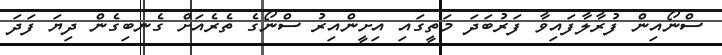
ސްނޯއިން ފުރާލާފައިވާ ފަރުބަދަ މަތީގައި އިށީންއިރު ސްނޯގެ ތެރެއަށް ގެނބިގެން ދިޔަ ފަދަ